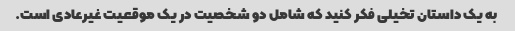
به یک داستان تخیلی فکر کنید که شامل دو شخصیت در یک موقعیت غیرعادی است.